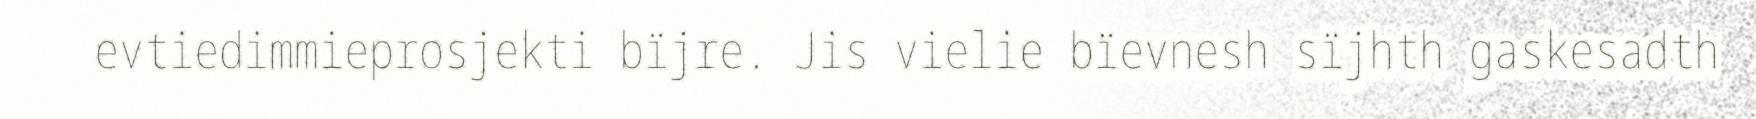
evtiedimmieprosjekti bïjre. Jis vielie bïevnesh sïjhth gaskesadth